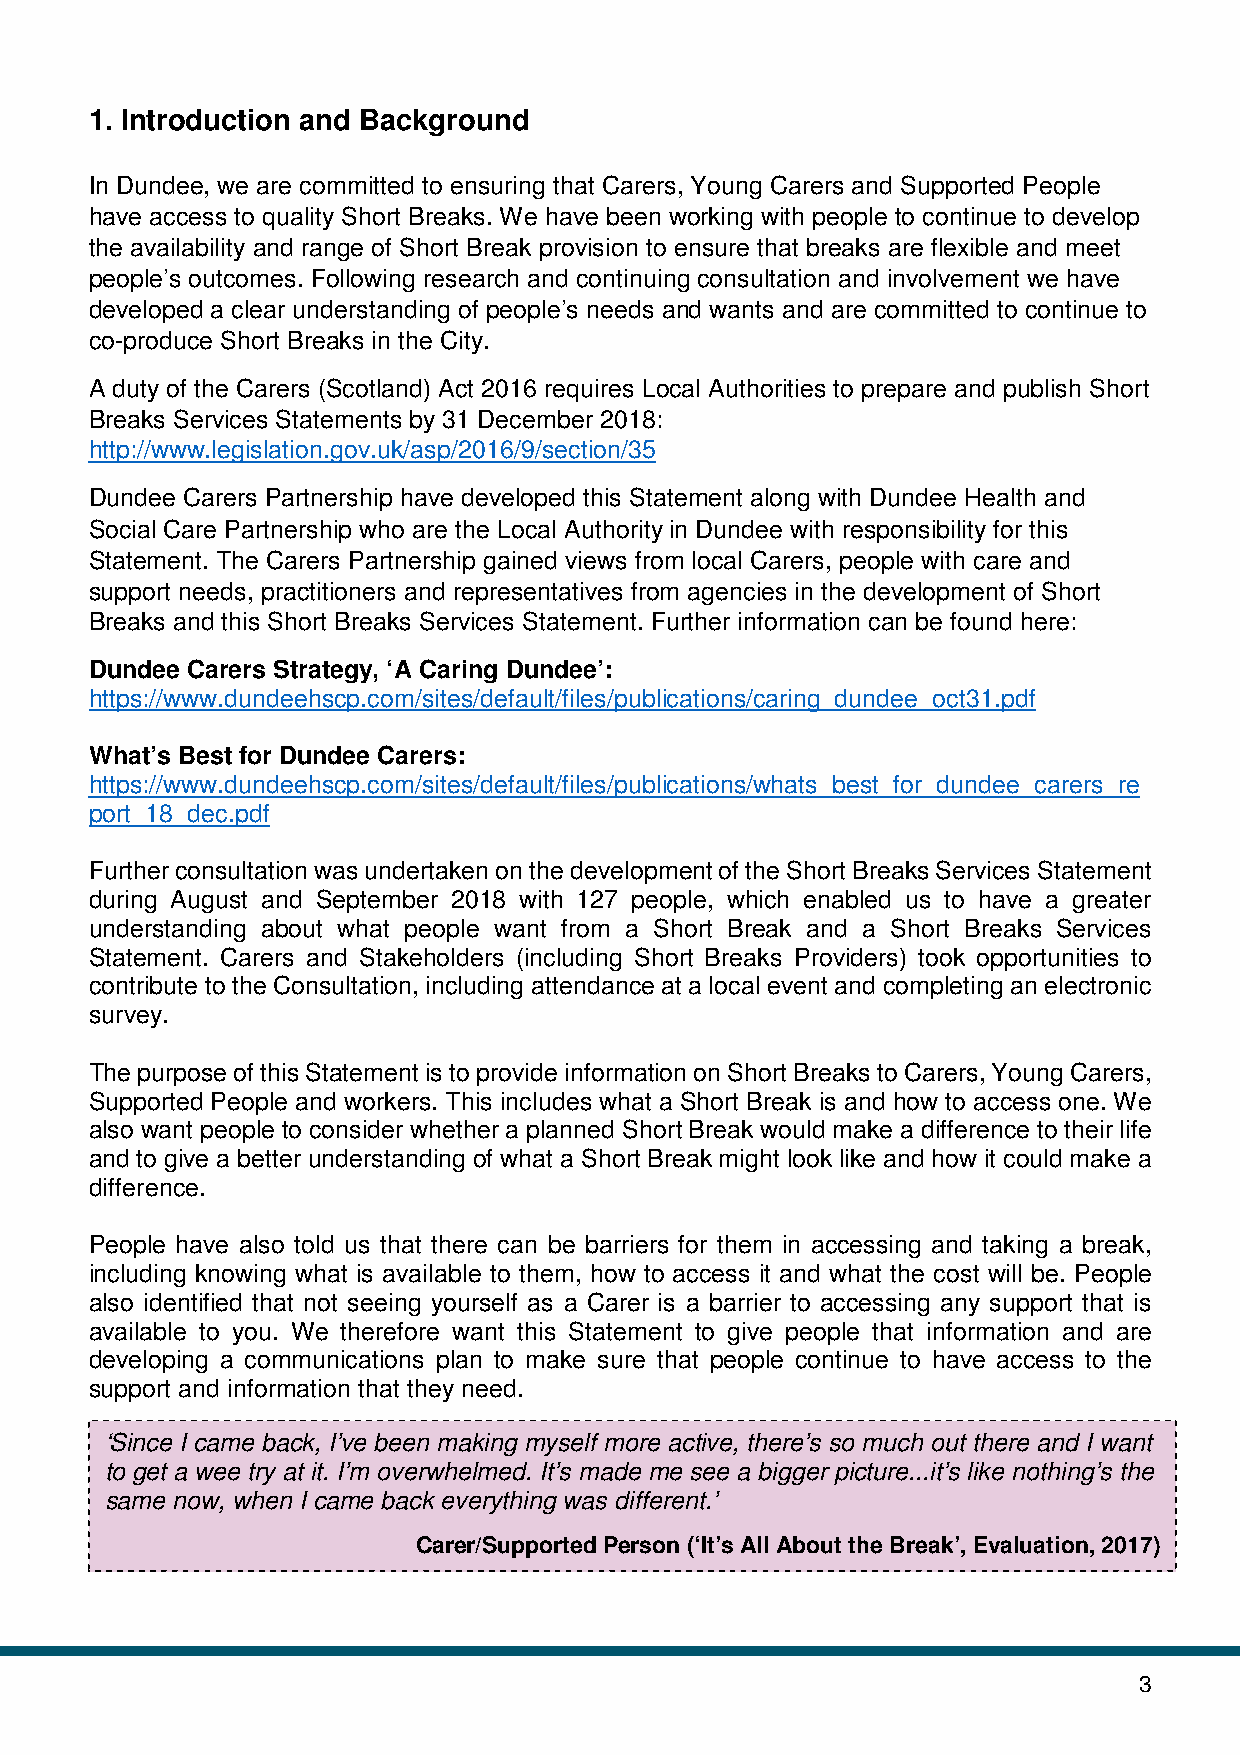
1. Introduction and Background
 In Dundee, we are committed to ensuring that Carers, Young Carers and Supported People
 have access to quality Short Breaks. We have been working with people to continue to develop
 the availability and range of Short Break provision to ensure that breaks are flexible and meet
 people’s outcomes. Following research and continuing consultation and involvement we have
 developed a clear understanding of people’s needs and wants and are committed to continue to
 co-produce Short Breaks in the City.
 A duty of the Carers (Scotland) Act 2016 requires Local Authorities to prepare and publish Short
 Breaks Services Statements by 31 December 2018:
 http://www.legislation.gov.uk/asp/2016/9/section/35
 Dundee Carers Partnership have developed this Statement along with Dundee Health and
 Social Care Partnership who are the Local Authority in Dundee with responsibility for this
 Statement. The Carers Partnership gained views from local Carers, people with care and
 support needs, practitioners and representatives from agencies in the development of Short
 Breaks and this Short Breaks Services Statement. Further information can be found here:
 Dundee Carers Strategy, ‘A Caring Dundee’:
 https://www.dundeehscp.com/sites/default/files/publications/caring_dundee_oct31.pdf
 What’s Best for Dundee Carers:
 https://www.dundeehscp.com/sites/default/files/publications/whats_best_for_dundee_carers_re
 port_18_dec.pdf
 Further consultation was undertaken on the development of the Short Breaks Services Statement
 during August and September 2018 with 127 people, which enabled us to have a greater
 understanding about what people want from a Short Break and a Short Breaks Services
 Statement. Carers and Stakeholders (including Short Breaks Providers) took opportunities to
 contribute to the Consultation, including attendance at a local event and completing an electronic
 survey.
 The purpose of this Statement is to provide information on Short Breaks to Carers, Young Carers,
 Supported People and workers. This includes what a Short Break is and how to access one. We
 also want people to consider whether a planned Short Break would make a difference to their life
 and to give a better understanding of what a Short Break might look like and how it could make a
 difference.
 People have also told us that there can be barriers for them in accessing and taking a break,
 including knowing what is available to them, how to access it and what the cost will be. People
 also identified that not seeing yourself as a Carer is a barrier to accessing any support that is
 available to you. We therefore want this Statement to give people that information and are
 developing a communications plan to make sure that people continue to have access to the
 support and information that they need.
 ‘Since I came back, I’ve been making myself more active, there’s so much out there and I want
 to get a wee try at it. I’m overwhelmed. It’s made me see a bigger picture...it’s like nothing’s the
 same now, when I came back everything was different.’
 Carer/Supported Person (‘It’s All About the Break’, Evaluation, 2017)
 3